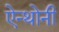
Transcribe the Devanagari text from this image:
ऐन्थोनी